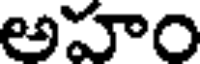
అహం